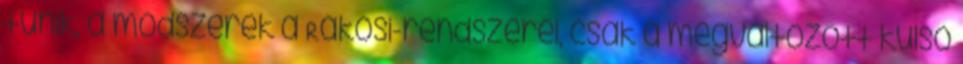
tűnik, a módszerek a Rákosi-rendszeréi, csak a megváltozott külső